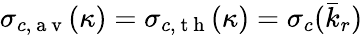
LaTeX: \sigma_{c,\mathrm{~a~v~}}(\kappa)=\sigma_{c,\mathrm{~t~h~}}(\kappa)=\sigma_{c}(\bar{k}_{r})